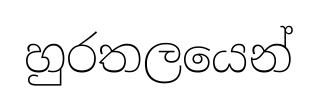
හුරතලයෙන්